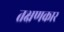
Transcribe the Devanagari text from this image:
तक्षणकार